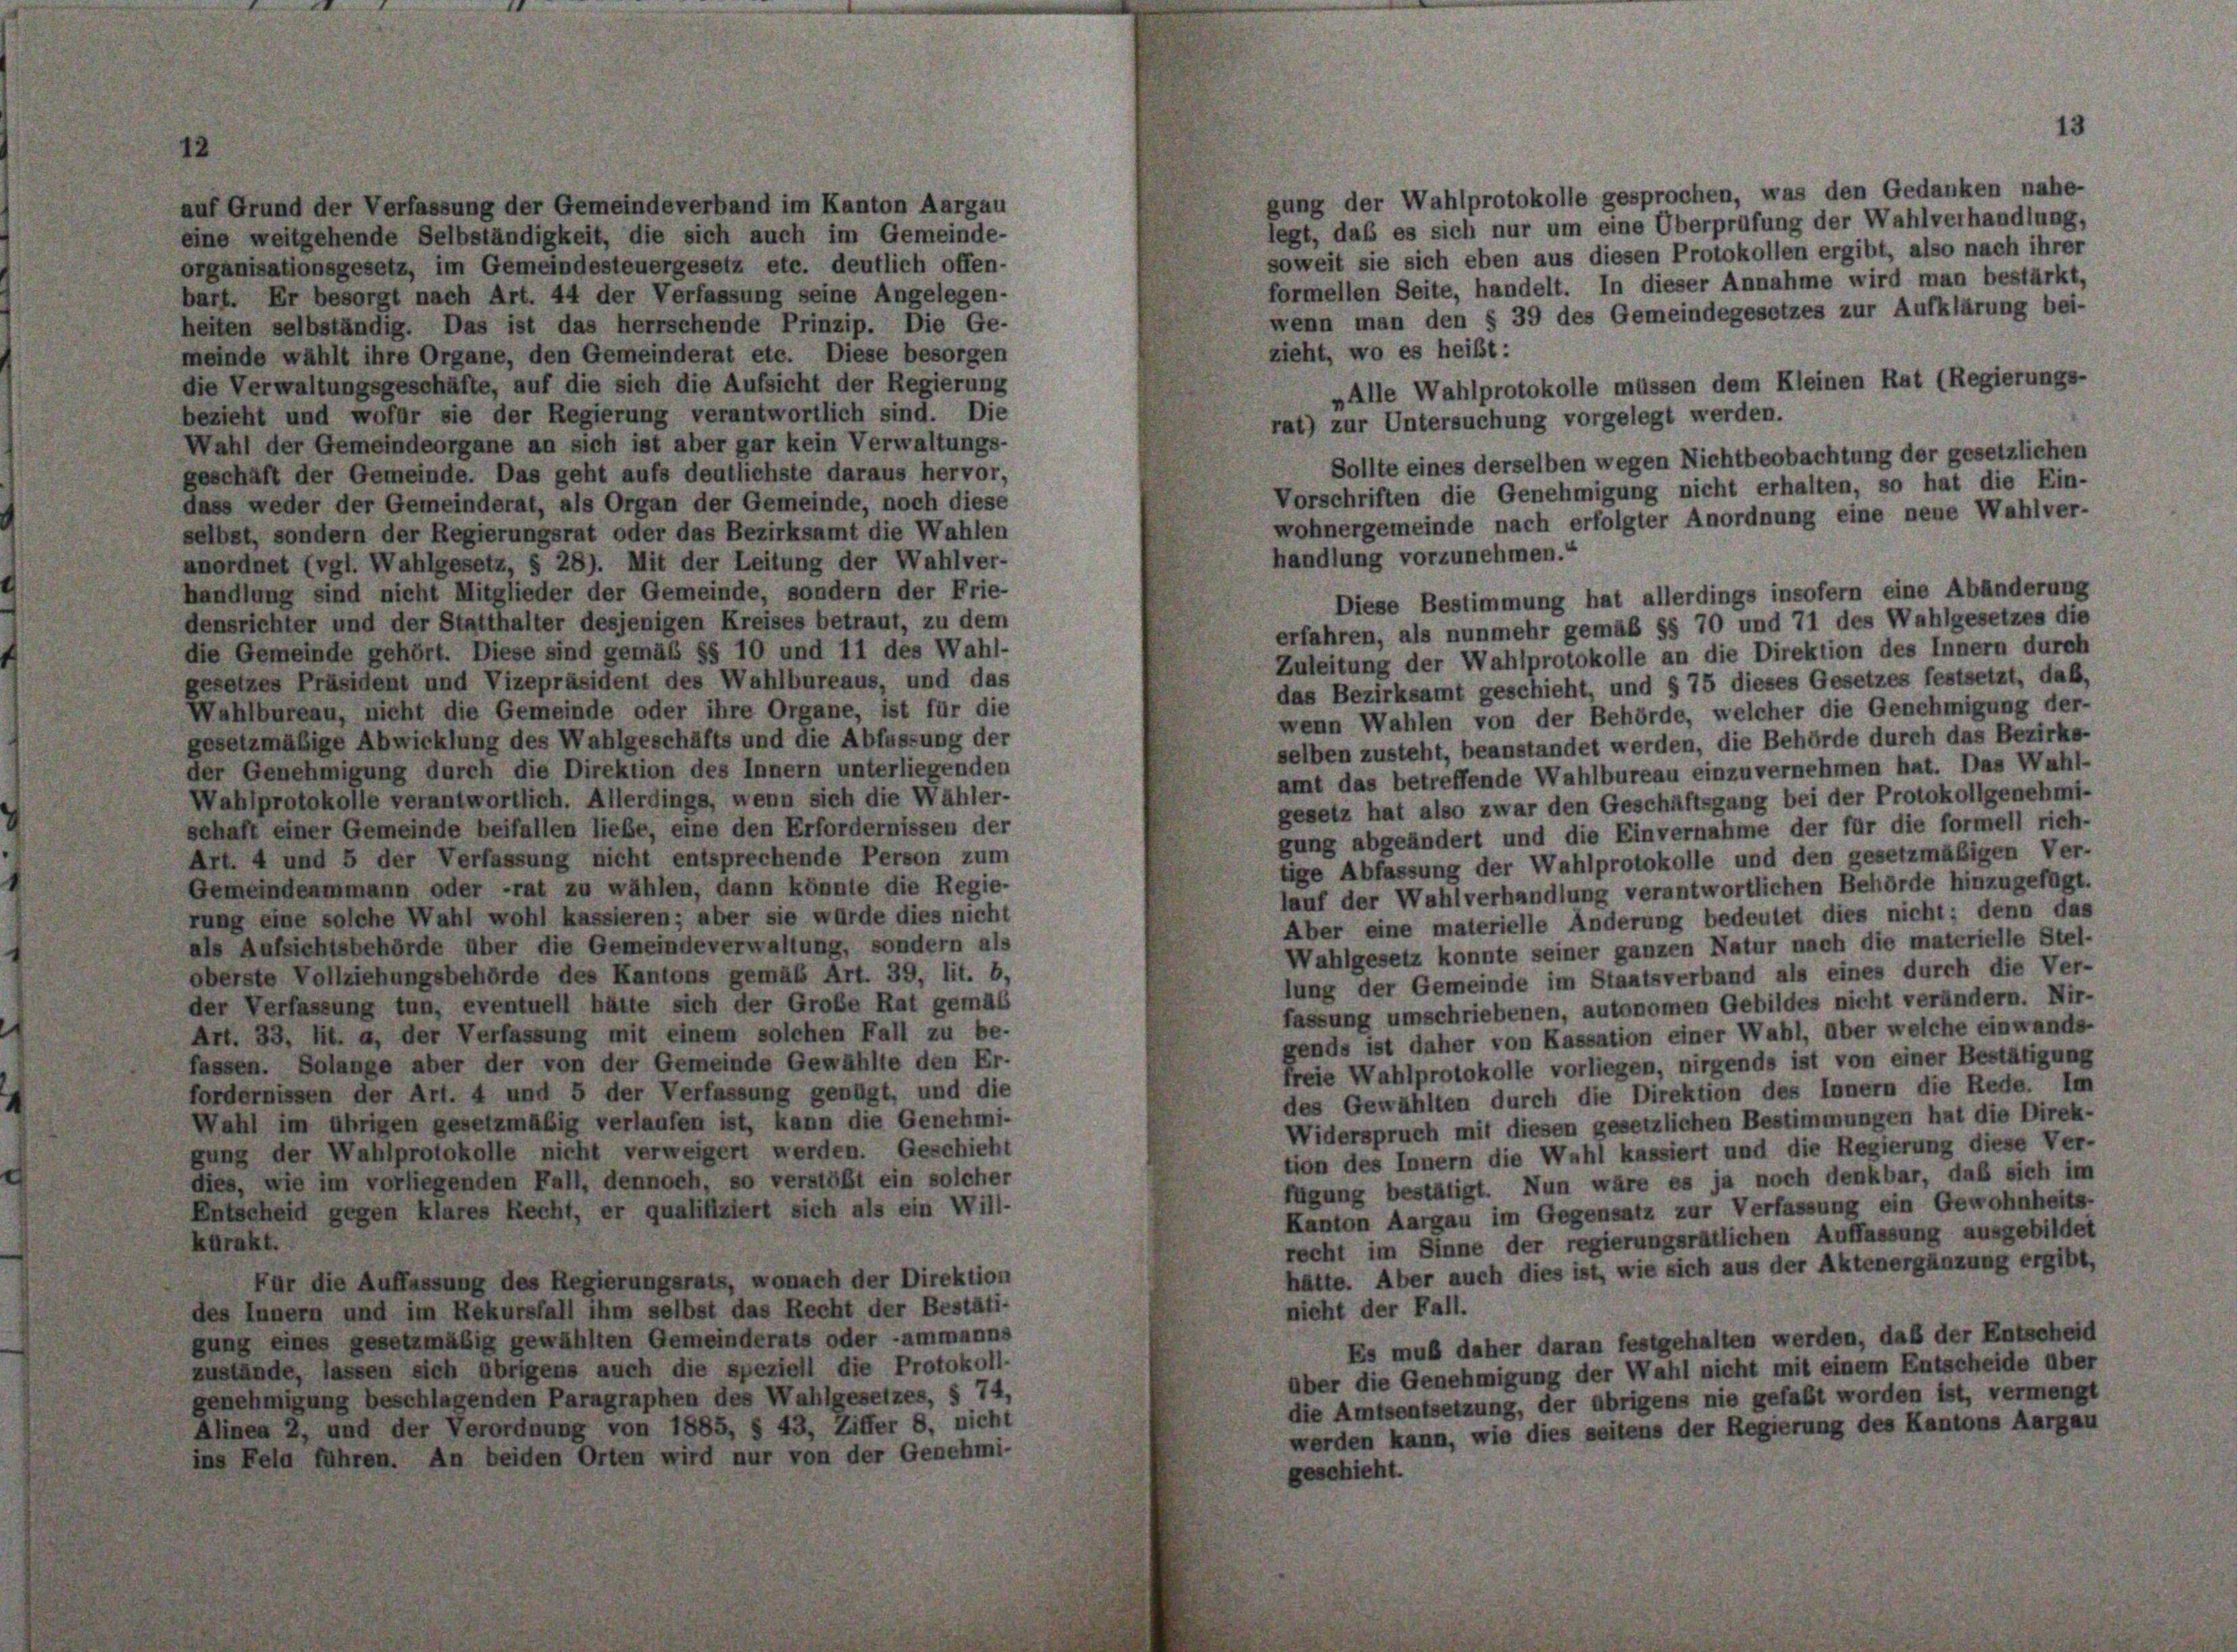
gung der Wahlprotokolle gesprochen, was den Gedanken nahe-
auf Grund der Verfassung der Gemeindeverband im Kanton Aargau
legt, daß es sich nur um eine Überprüfung der Wahlverhandlung,
eine weitgehende Selbständigkeit, die sich auch im Gemeinde-
soweit sie sich eben aus diesen Protokollen ergibt, also nach ihrer
organisationsgesetz, im Gemeindesteuergesetz etc. deutlich offen-
formellen Seite, handelt. In dieser Annahme wird man bestärkt,
bart. Er besorgt nach Art. 44 der Verfassung seine Angelegen-
wenn man den § 39 des Gemeindegesetzes zur Aufklärung bei-
heiten selbständig. Das ist das herrschende Prinzip. Die Ge-
zieht, wo es heißt:
meinde wählt ihre Organe, den Gemeinderat etc. Diese besorgen
die Verwaltungsgeschäfte, auf die sich die Aufsicht der Regierung
„Alle Wahlprotokolle müssen dem Kleinen Rat (Regierungs-
bezieht und wofür sie der Regierung verantwortlich sind. Die
rat) zur Untersuchung vorgelegt werden.
Wahl der Gemeindeorgane an sich ist aber gar kein Verwaltungs-
Sollte eines derselben wegen Nichtbeobachtung der gesetzlichen
geschäft der Gemeinde. Das geht aufs deutlichste daraus hervor,
Vorschriften die Genehmigung nicht erhalten, so hat die Ein-
dass weder der Gemeinderat, als Organ der Gemeinde, noch diese
wohnergemeinde nach erfolgter Anordnung eine neue Wahlver-
selbst, sondern der Regierungsrat oder das Bezirksamt die Wahlen
handlung vorzunehmen.“
unordnet (vgl. Wahlgesetz, § 28). Mit der Leitung der Wahlver-
handlung sind nicht Mitglieder der Gemeinde, sondern der Frie-
Diese Bestimmung hat allerdings insofern eine Abänderung
densrichter und der Statthalter desjenigen Kreises betraut, zu dem
erfahren, als nunmehr gemäß §§ 70 und 71 des Wahlgesetzes die
die Gemeinde gehört. Diese sind gemäß §§ 10 und 11 des Wahl-
Zuleitung der Wahlprotokolle an die Direktion des Innern durch
gesetzes Präsident und Vizepräsident des Wahlbureaus, und das
das Bezirksamt geschieht, und § 75 dieses Gesetzes festsetzt, daß,
Wahlbureau, nicht die Gemeinde oder ihre Organe, ist für die
wenn Wahlen von der Behörde, welcher die Genehmigung der-
gesetzmäßige Abwicklung des Wahlgeschäfts und die Abfassung der
selben zusteht, beanstandet werden, die Behörde durch das Bezirks-
der Genehmigung durch die Direktion des Innern unterliegenden
amt das betreffende Wahlbureau einzuvernehmen hat. Das Wahl-
Wahlprotokolle verantwortlich. Allerdings, wenn sich die Wähler-
gesetz hat also zwar den Geschäftsgang bei der Protokollgenehmi-
schaft einer Gemeinde beifallen liebe, eine den Erfordernissen der
gung abgeändert und die Einvernahme der für die formell rich-
Art. 4 und 5 der Verfassung nicht entsprechende Person zum
tige Abfassung der Wahlprotokolle und den gesetzmäßigen Ver-
Gemeindeammann oder rat zu wählen, dann könnte die Regie-
lauf der Wahlverhandlung verantwortlichen Behörde hinzugefügt.
rung eine solche Wahl wohl kassieren; aber sie wurde dies nicht
Aber eine materielle Änderung bedeutet dies nicht; denn das
als Aufsichtsbehörde über die Gemeindeverwaltung, sondern als
Wahlgesetz konnte seiner ganzen Natur nach die materielle Stel-
oberste Vollziehungsbehörde des Kantons gemäß Art. 39, lit. b,
lung der Gemeinde im Staatsverband als eines durch die Ver-
der Verfassung tun, eventuell hätte sich der Große Rat gemas
fassung umschriebenen, autonomen Gebildes nicht verändern. Nir-
Art. 33, lit. a, der Verfassung mit einem solchen Fall zu be-
gends ist daher von Kassation einer Wahl, über welche einwands-
fassen. Solange aber der von der Gemeinde Gewählte den Er-
freie Wahlprotokolle vorliegen, nirgends ist von einer Bestätigung
fordernissen der Art. 4 und 5 der Verfassung genügt, und die
des Gewählten durch die Direktion des Innern die Rede. Im
Wahl im übrigen gesetzmäßig verlaufen ist, kann die Genehmi-
Widerspruch mit diesen gesetzlichen Bestimmungen hat die Direk-
gung der Wahlprotokolle nicht verweigert werden. Geschicht
tion des Innern die Wahl kassiert und die Regierung diese Ver-
dies, wie im vorliegenden Fall, dennoch, so verstößt ein solcher
fügung bestätigt. Nun wäre es ja noch denkbar, daß sich im
Kanton Aargau im Gegensatz zur Verfassung ein Gewohnheits-
Entscheid gegen klares Recht, er qualifiziert sich als ein Will-
recht im Sinne der regierungsrätlichen Auffassung ausgebildet
kurakt.
hätte. Aber auch dies ist, wie sich aus der Aktenergänzung ergibt,
Für die Auffassung des Regierungsrats, wonach der Direktion
nicht der Fall.
des Innern und im Rekursfall ihm selbst das Recht der Bestäti-
gung eines gesetzmäßig gewählten Gemeinderats oder -ammanns
Es muß daher daran festgehalten werden, daß der Entscheid
zustände, lassen sich übrigens auch die speziell die Protokoll-
über die Genehmigung der Wahl nicht mit einem Entscheide über
genehmigung beschlagenden Paragraphen des Wahlgesetzes, § 74,
die Amtsentsetzung, der übrigens nie gefaßt worden ist, vermengt
Alinea 2, und der Verordnung von 1885, § 43, Ziffer 8, nicht
werden kann, wie dies seitens der Regierung des Kantons Aargau
ins Feld führen. An beiden Orten wird nur von der Genehmi-
geschieht.